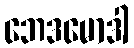
ဘေဒမောဒါ